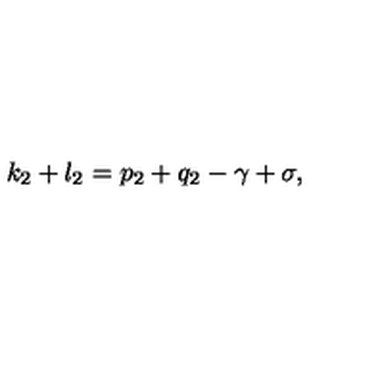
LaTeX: k _ { 2 } + l _ { 2 } = p _ { 2 } + q _ { 2 } - \gamma + \sigma ,